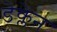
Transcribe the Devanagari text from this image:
डेक्लेन